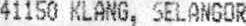
41150 KLANG, SELANGOR